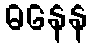
ဓနေန